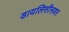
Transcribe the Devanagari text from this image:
डायलिसीसवर